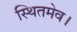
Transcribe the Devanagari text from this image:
स्थितमेव।